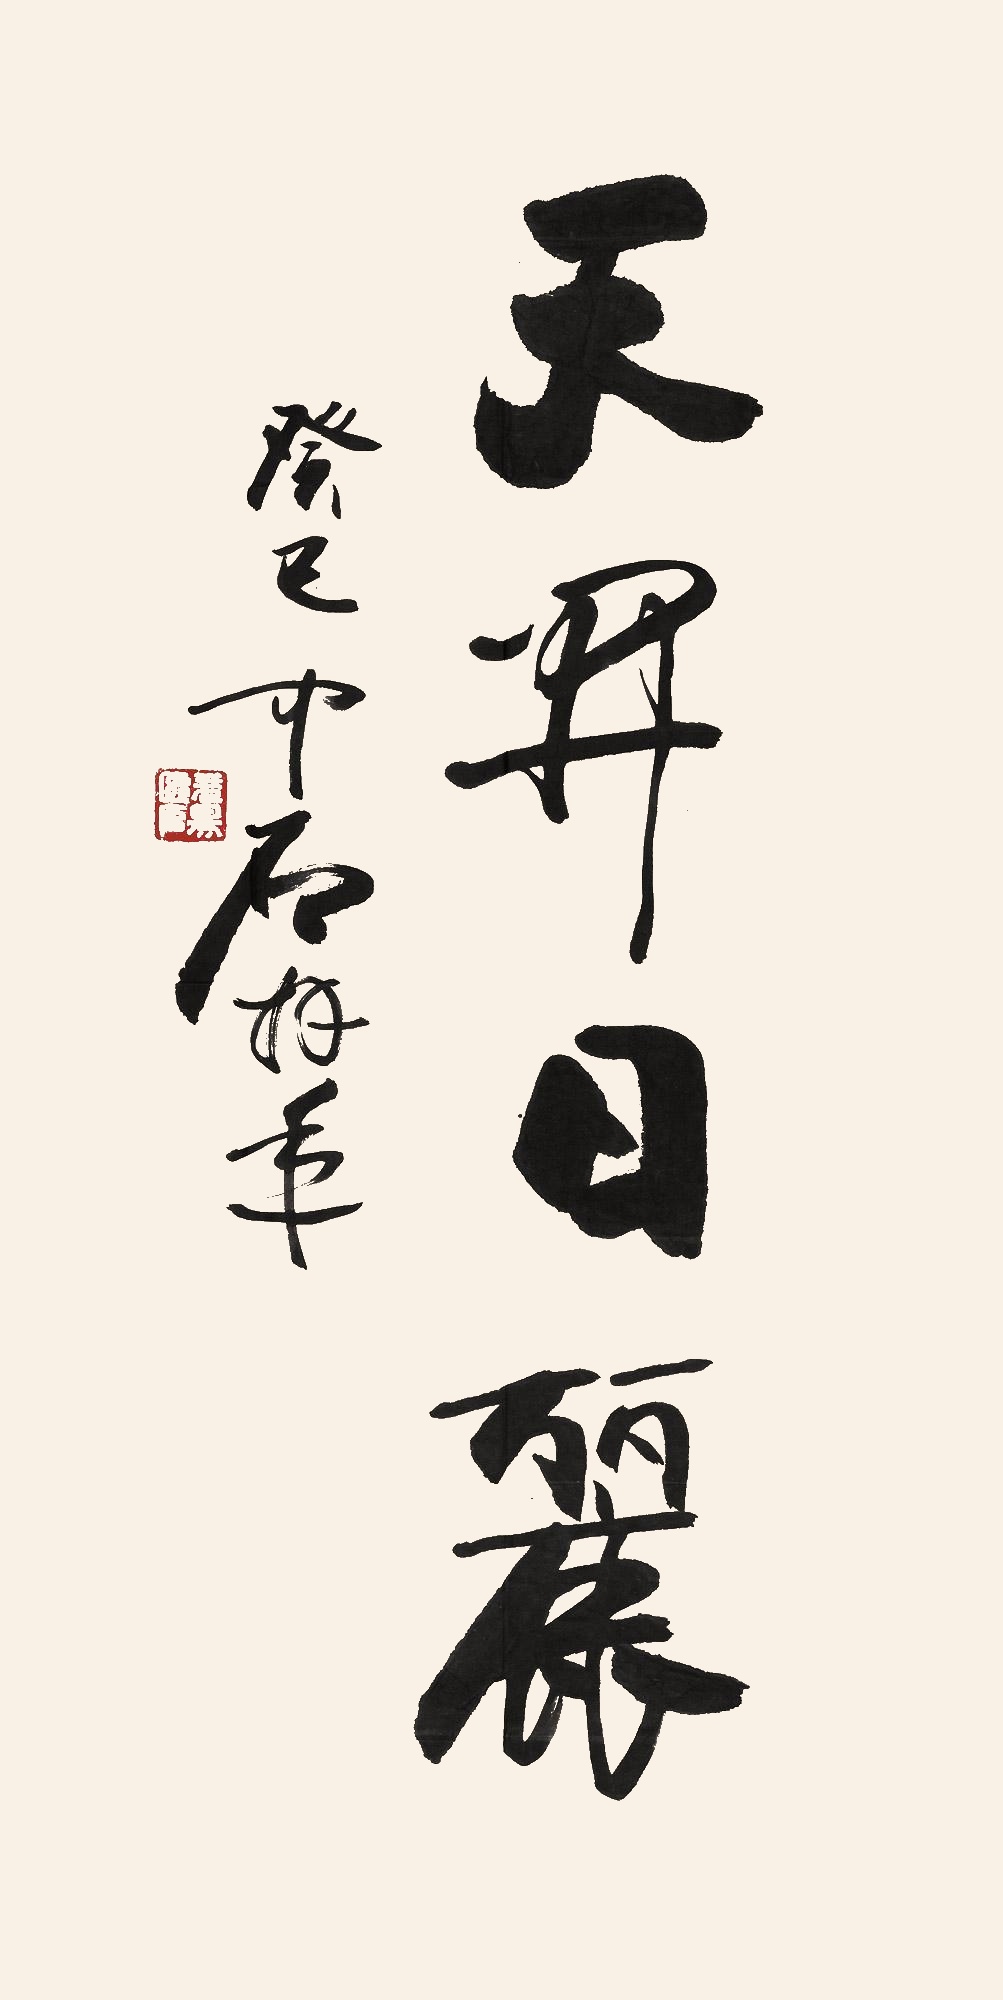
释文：天开日丽癸巳，中石笔。